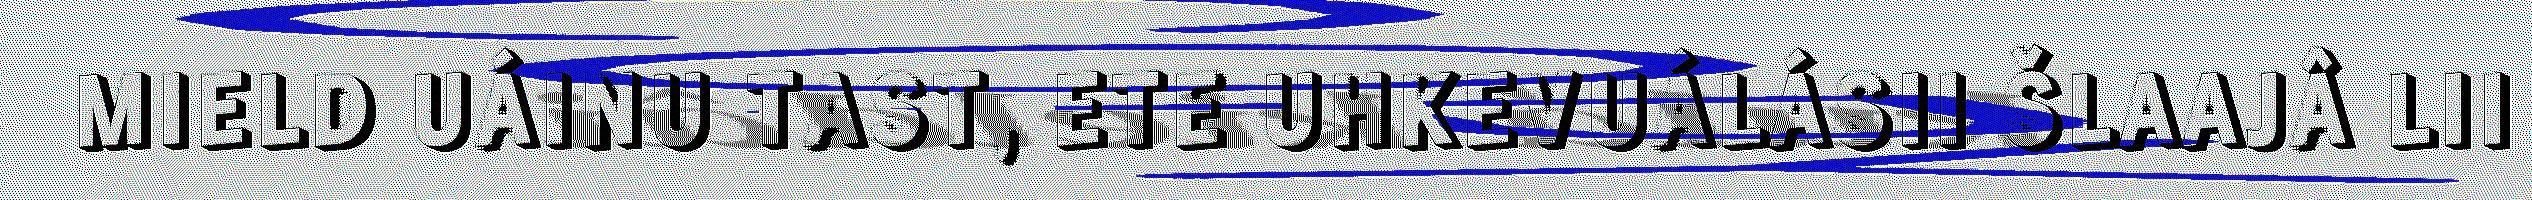
MIELD UÁINU TAST, ETE UHKEVUÁLÁSII ŠLAAJÂ LII